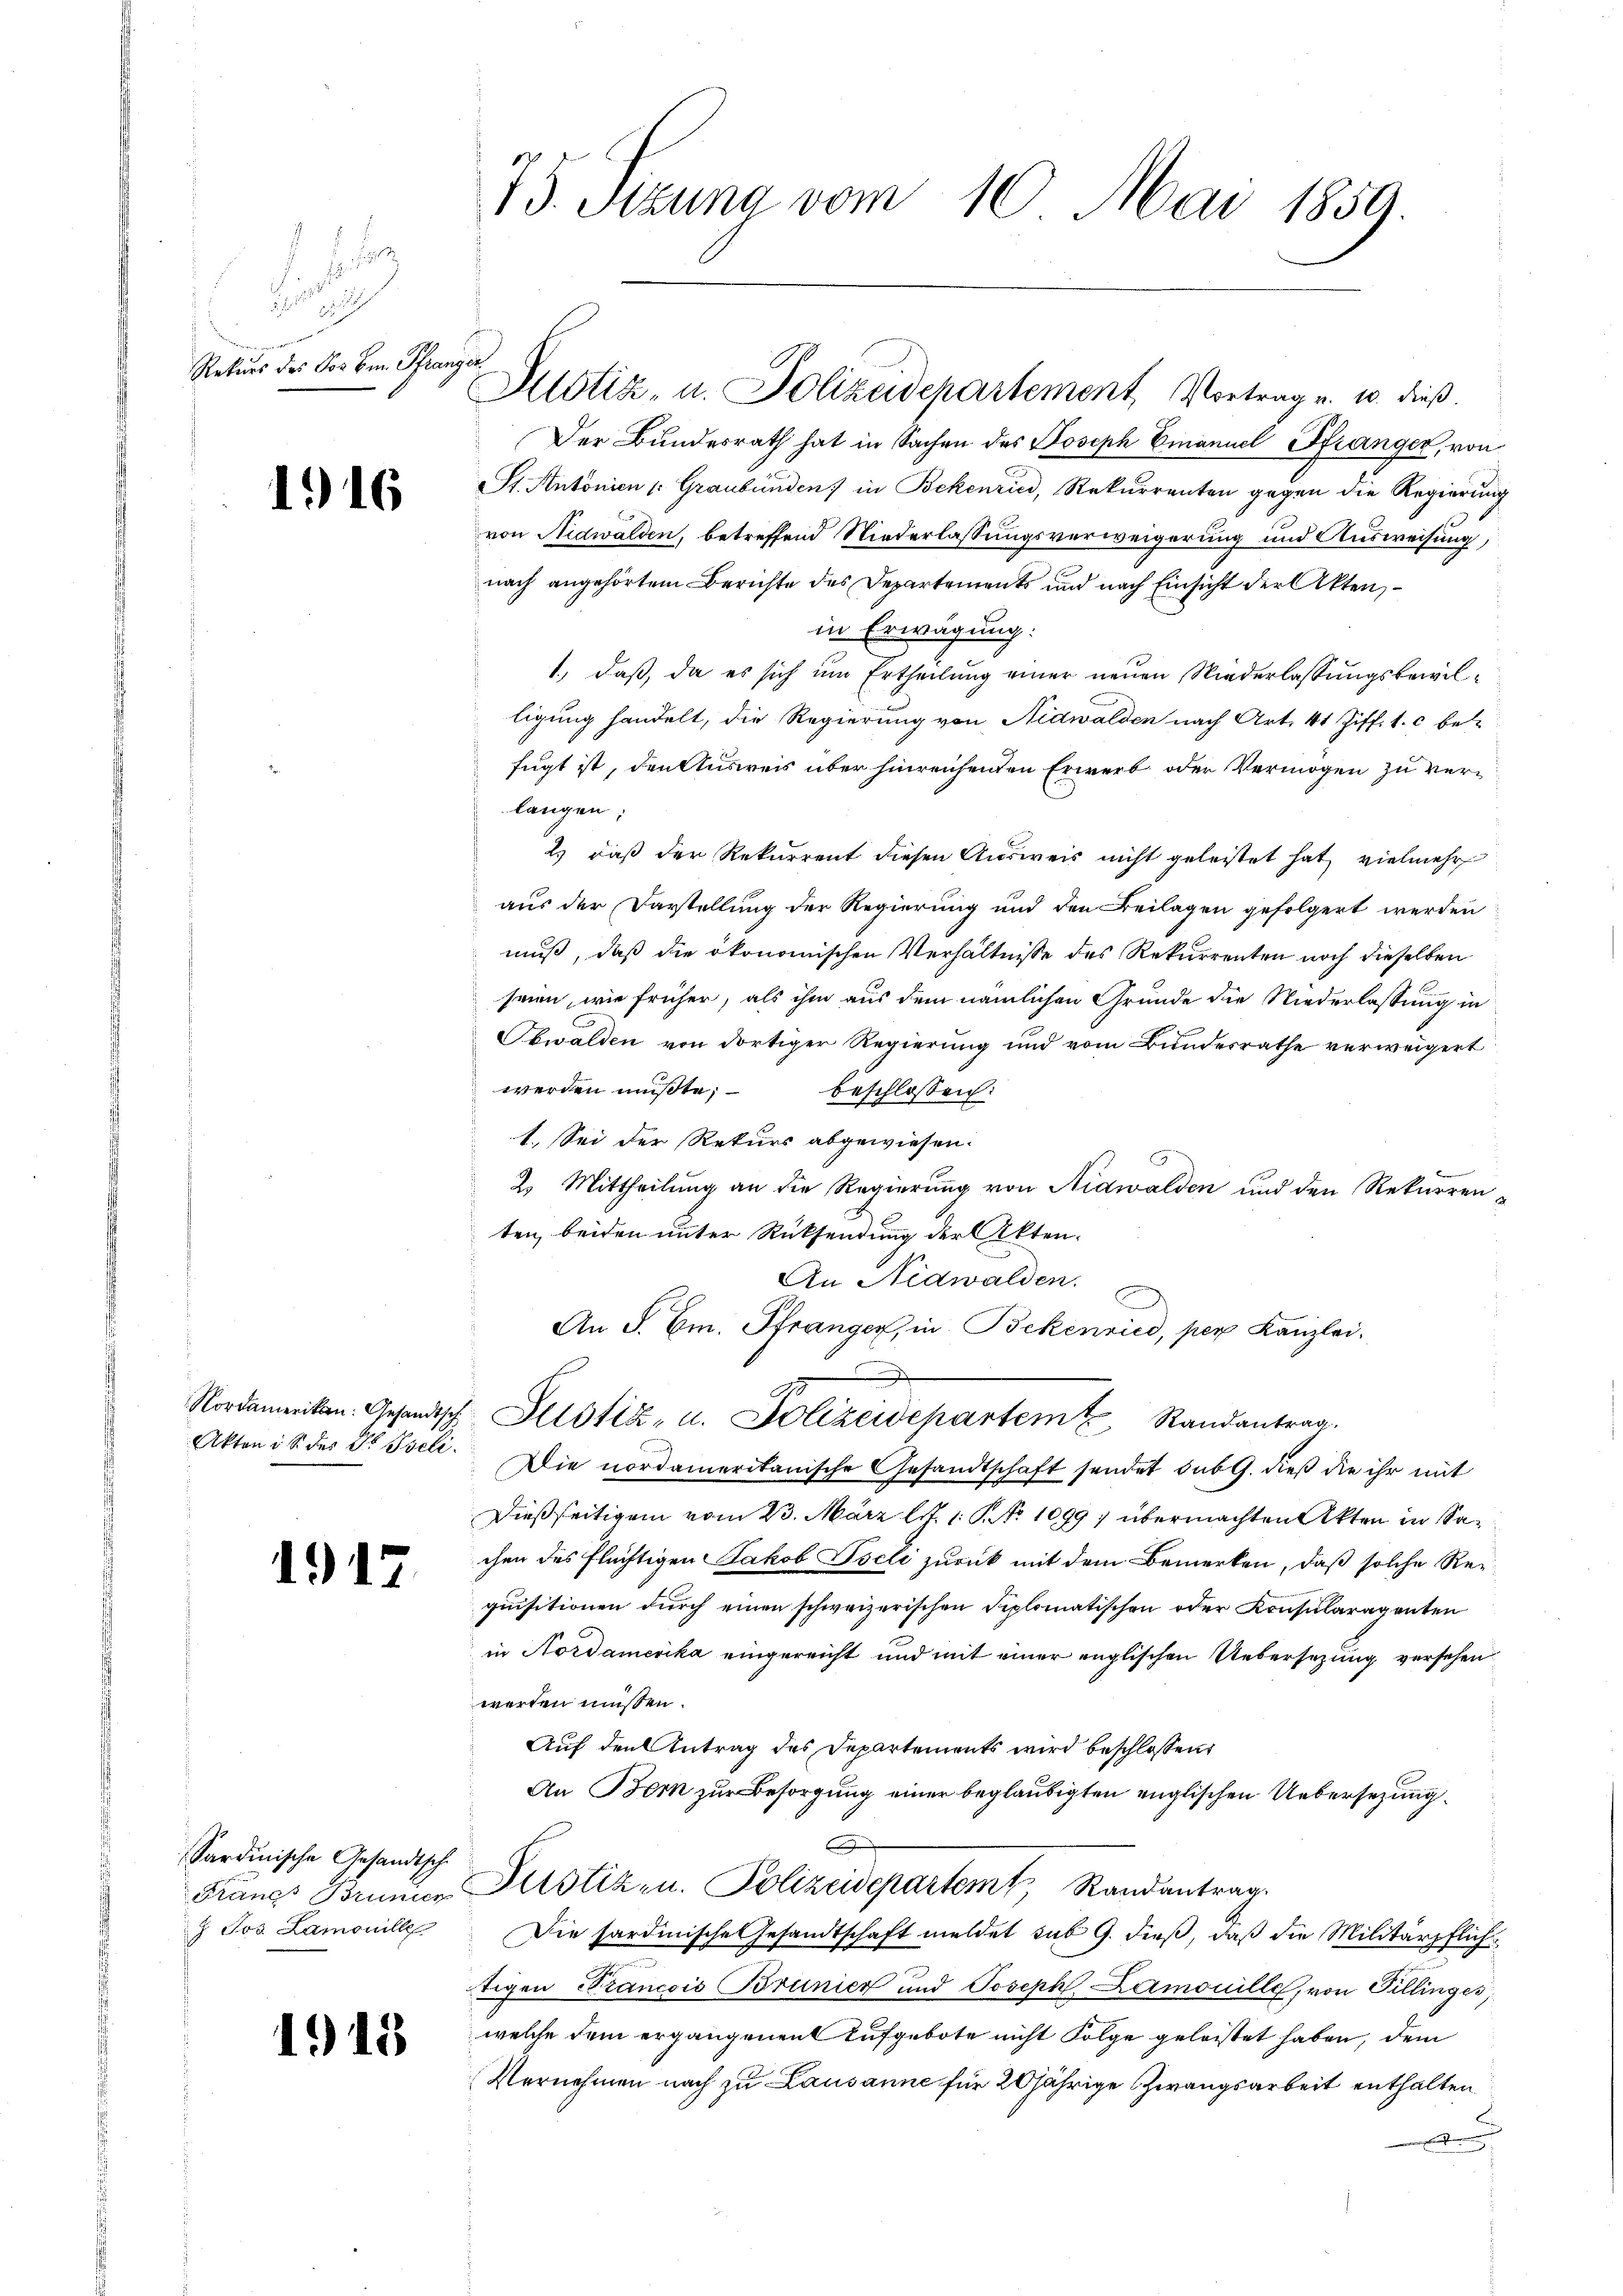
d

Rekurs des Vor Em. Pfranz

116

Nordamerikon: Gesandtsch
Akten i S. der Dr. Peli.

1917

Sardinische Gesandtsche
Grand Brunier
J Jos. Lamonille

1915

73. Sitzung vom 10. Mai 1859.

Der Bundesrath hat in Sachen des Joseph Emanuel Pfränger, von
SSt. Antonien (: Graubünden) in Bekenried, Rekurrenten gegen die Regierung
von Nidwalden, betreffend Niederlassungsverweigerung und Ausweisung,
nach angehörtem Berichte des Departements und nach Einsicht der Akten,
in Erwägung:
1., daß, da es sich um Ertheilung einer neuen Niederlassungsbewilligung handelt, die Regierung von Nidwalden nach Art. 41 Ziff. 1. c bet
fugt ist, den Ausweis über hinreichenden Erwerb oder Vermögen zu verlangen;
2) daß der Rekurrent diesen Ausweis nicht geleistet hat, vielmehr
aus der Darstellung der Regierung und den Beilagen gefolgert werden
muß, daß die ökonomischen Verhältnisse des Rekurrenten noch dieselben
seien, wie früher, als ihm aus dem nämlichen Gründe die Niederlassung in
Obwalden von dortiger Regierung und vom Bundesrathe verweigert
werden müßte; beschlossen:
1. Sei der Rekurs abgewiesen.
2. Mittheilung an die Regierung von Nidwalden und den Rekurrenten, beiden unter Rücksendung der Akten.
An Nidwalden.
An S. Cm. Pfranger, in Bekenried, per Kanzlei.
e
Justiz- u. Polizeidepartem Randantrag.
Die nordameritanische Gesandtschaft sendet sub 9. dieß die ihr mit
Dießseitigem vom 23. März l. J. 1 S. No 1099 übermachten Akten in Sachen des flüchtigen Jakob Iseli zurück mit dem Bemerken, daß solche Requisitionen durch einen schweizerischen Seplomatischen oder Konsularagenten
in Nordamerika eingereicht und mit einer englischen Uebersezung versehen
werden müssen.
Auf den Antrag des Departements wird beschlossen,
An Bork zur Besorgung einer beglaubigten englischen Uebersezung
Justiz- u. Polizeidepartemt, Randantrag.
Die sardinische Gesandtschaft meldet sub 9. dieß, daß die Militärpflichtigen Francois Brunier und Joseph. Lamouille, von Gillinges,
welche dem ergangenen Aufgebote nicht Folge geleistet haben, dem
Vernehmen nach zu Lausanne für 20jährige Zwangsarbeit enthalten
.

Plstiz- u. Polizeidepartement, Vortrag v. 10. dieß.